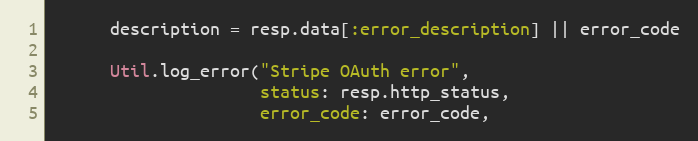
Language: Ruby
      description = resp.data[:error_description] || error_code

      Util.log_error("Stripe OAuth error",
                     status: resp.http_status,
                     error_code: error_code,